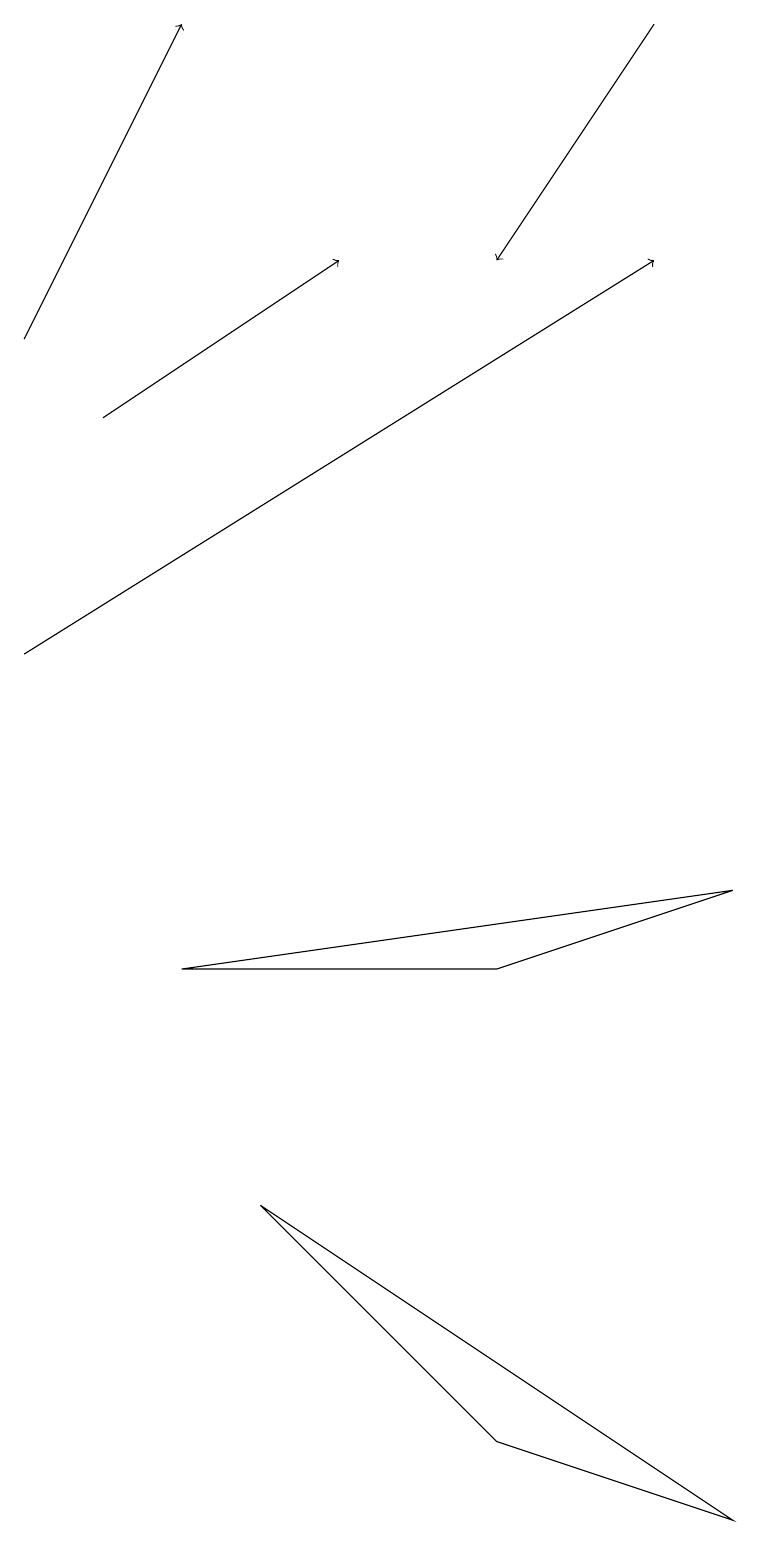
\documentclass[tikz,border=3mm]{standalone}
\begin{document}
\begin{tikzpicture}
\draw[->] (8,19) -- (6,16);
\draw[->] (0,15) -- (2,19);
\draw (6,1) -- (3,4) -- (9,0) -- cycle;
\draw[->] (0,11) -- (8,16);
\draw[->] (1,14) -- (4,16);
\draw (9,8) -- (2,7) -- (6,7) -- cycle;
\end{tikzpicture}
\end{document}